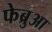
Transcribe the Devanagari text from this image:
फेब्रुआ